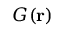
G ( \mathbf { r } )